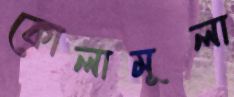
কোলামূলা